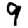
Digit: 9